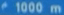
1000 m